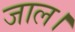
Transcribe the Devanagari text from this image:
जाल।